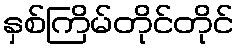
နှစ်ကြိမ်တိုင်တိုင်